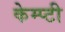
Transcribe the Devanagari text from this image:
केम्प्टी